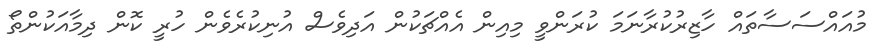
މުއައްސަސާތައް ހާޒިރުކުރާނަމަ ކުރަންވީ މިއިން އެއްޗަކުން އަދިވެސް އުނިކުރެވެން ހުރީ ކޮން ދިމާއަކުންތޯ